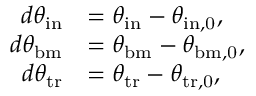
\begin{array} { r l } { d \theta _ { \mathrm { i n } } } & { = \theta _ { \mathrm { i n } } - \theta _ { \mathrm { i n , 0 } } , } \\ { d \theta _ { \mathrm { b m } } } & { = \theta _ { \mathrm { b m } } - \theta _ { \mathrm { b m , 0 } } , } \\ { d \theta _ { \mathrm { t r } } } & { = \theta _ { \mathrm { t r } } - \theta _ { \mathrm { t r , 0 } } , } \end{array}